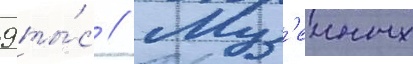
9 ты́с // Муз'еиных